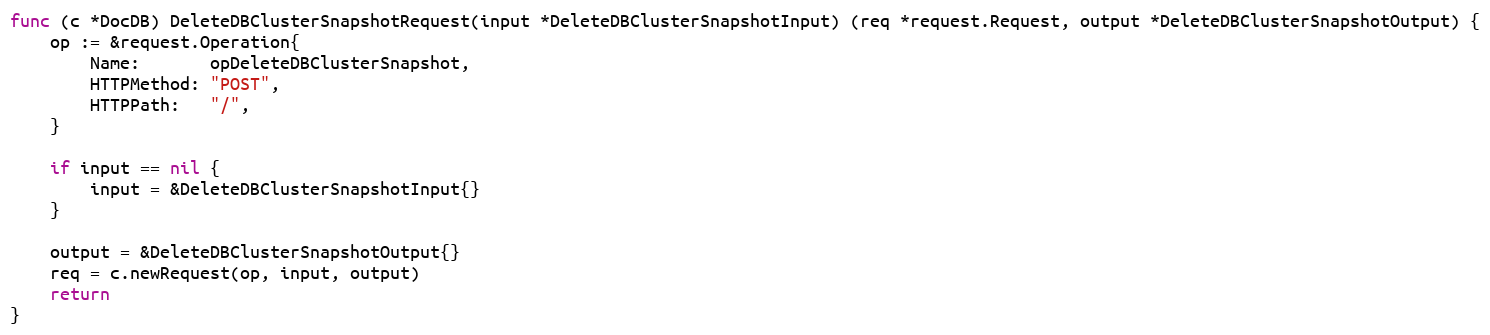
Language: Go
func (c *DocDB) DeleteDBClusterSnapshotRequest(input *DeleteDBClusterSnapshotInput) (req *request.Request, output *DeleteDBClusterSnapshotOutput) {
	op := &request.Operation{
		Name:       opDeleteDBClusterSnapshot,
		HTTPMethod: "POST",
		HTTPPath:   "/",
	}

	if input == nil {
		input = &DeleteDBClusterSnapshotInput{}
	}

	output = &DeleteDBClusterSnapshotOutput{}
	req = c.newRequest(op, input, output)
	return
}